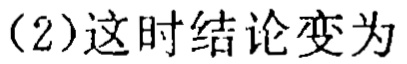
（2）这时结论变为